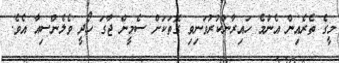
މީގެ ތެރެއިން އެންމެ ހައިރާންކުރުވަނިވި ގޮތަކަށް ސެމީން ޖާގަ ހޯދީ ވެލެންސިއާ އެވެ.